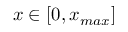
x \in [ 0 , x _ { m a x } ]